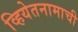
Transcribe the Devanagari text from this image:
व्हियेतनामाची